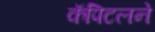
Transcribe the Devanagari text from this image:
कॅपिटलने